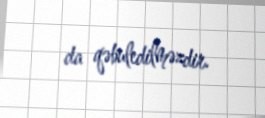
da qəbuledilməzdir.